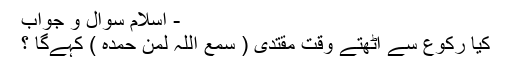
- اسلام سوال و جواب
كيا ركوع سے اٹھتے وقت مقتدى ( سمع اللہ لمن حمدہ ) كہےگا ؟